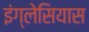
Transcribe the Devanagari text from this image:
इंग्लेसियास